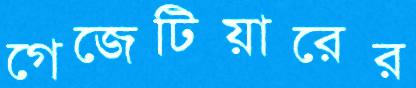
গেজেটিয়ারের